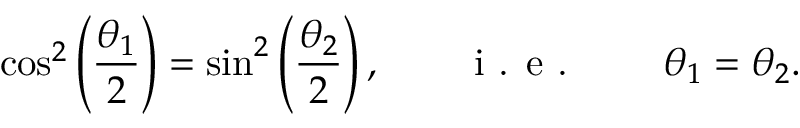
\cos ^ { 2 } \left( \frac { \theta _ { 1 } } { 2 } \right) = \sin ^ { 2 } \left( \frac { \theta _ { 2 } } { 2 } \right) , \qquad \textnormal { i . e . } \qquad \theta _ { 1 } = \theta _ { 2 } .